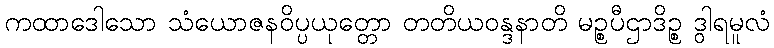
ကထာဒေါသော သံယောဇနဝိပ္ပယုတ္တော တတိယဝန္ဒနာတိ မဉ္စပီဌာဒိဉ္စ ဒွါရမူလံ